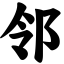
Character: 邻